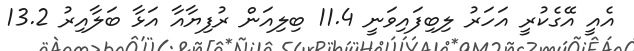
އެއީ އޭގެކުރީ އަހަރު ލިބިފައިވަނީ 11.4 ބިލިއަން ރުފިޔާއާ އަޅާ ބަލާއިރު 13.2